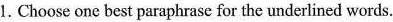
1. Choose one best paraphrase for the underlined words.